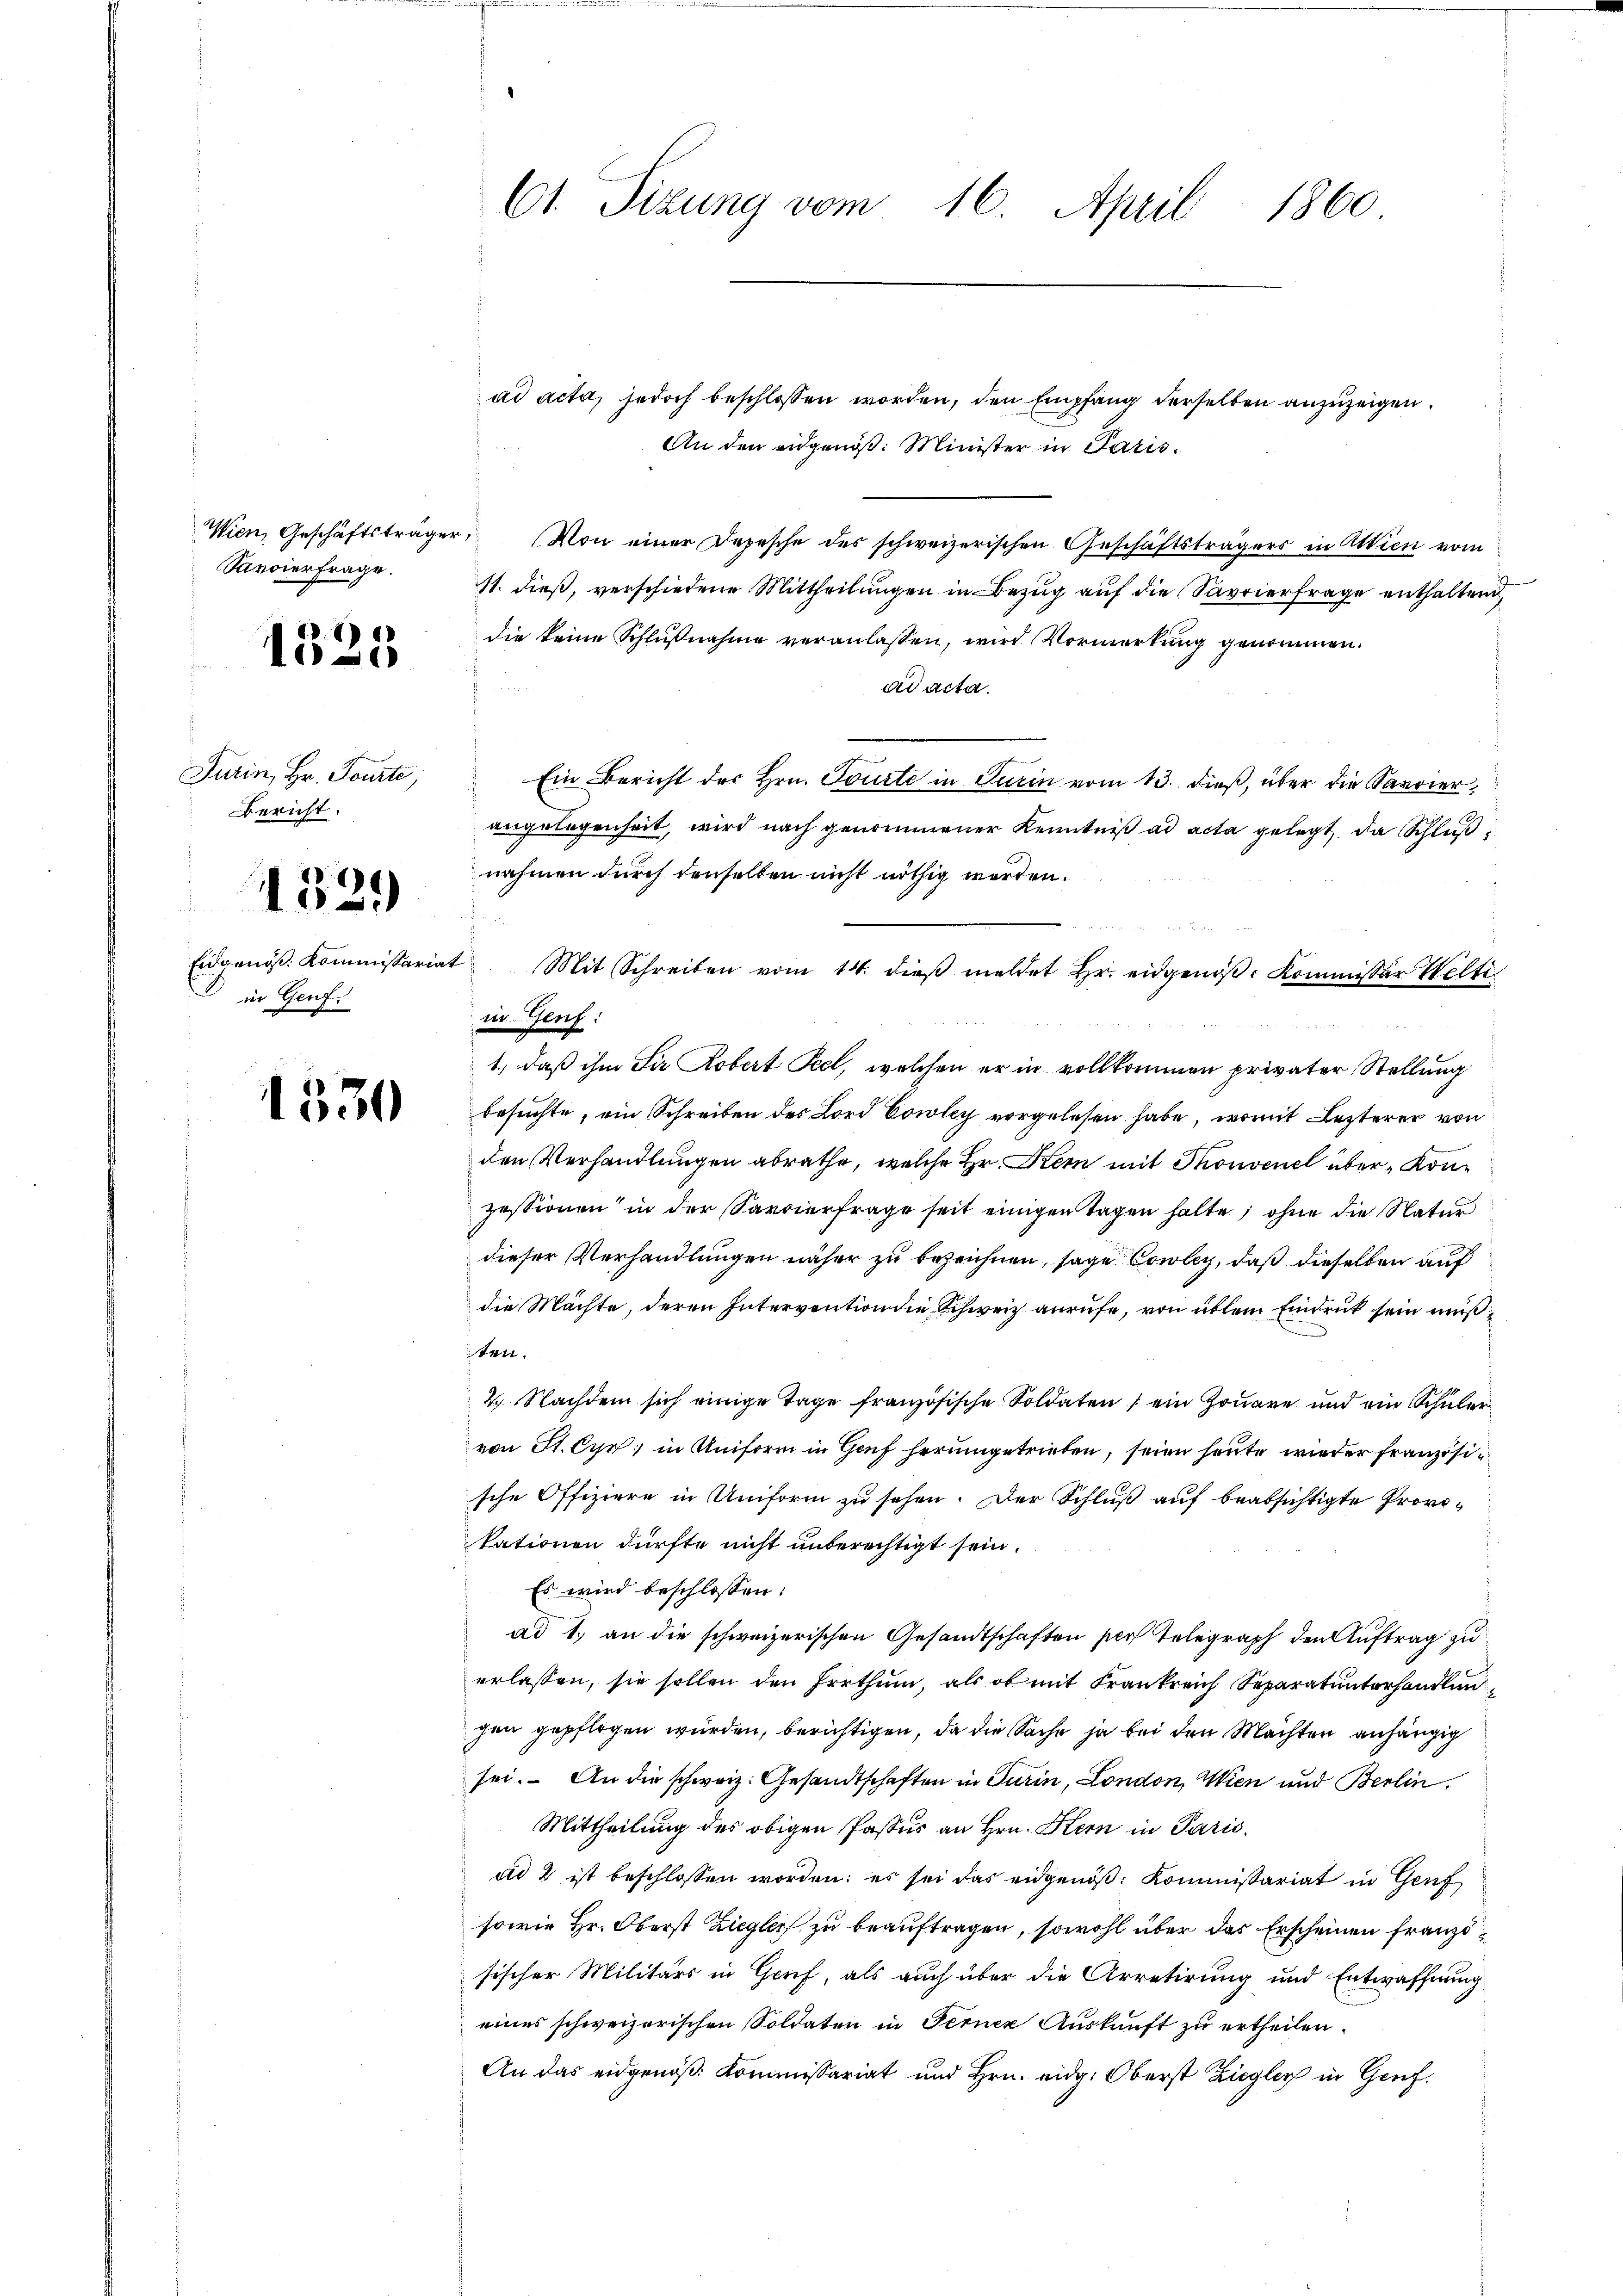
Savoierfrage.

1

.1
1

Turin, Hr. Pourti,
bericht.

1329

in Genf.

1530

ad acta, jedoch beschlossen worden, den Empfang derselben anzuzeigen.
An den eidgenöß: Minister in Paris.
Wien, Geschäftsträger. (Von einer Depesche des schweizerischen Geschäftsträgers in Attien vom
11. dieß, verschiedene Mittheilungen in Bezug auf die Savrierfrage enthaltend
die keine Schlußnahme veranlassen, wird Vormerkung genommen.
ad acta.
Ein Bericht des Hrn. Tourte in Turin vom 13. dieß, über die Savoierangelegenheit, wird nach genommener Kenntniß ad acta gelegt, da Schluß
nahmen durch denselben nicht nöthig werden.
2
Eidgenös. Kommissariat Mit Schreiben vom 14. dieβ meldet Hr. eidgenöβ- Kommissor Welti
in Genf:
1., daß ihm die Robert Teel, welchen er in vollkommen privater Stellung
besuchte, ein Schreiben des Lord Cowley vorgelesen habe, womit Lezterer von
den Verhandlungen abrathe, welche Hr. Kern mit Thonvenel über Konzessionen in der Sarrierfrage seit einigen Tagen halte, ohne die Natur
dieser Verhandlungen näher zu bezeichnen, sage Cowley, daß dieselben auf
die Mächte, deren Intervention die Schweiz anrufe, von üblem Eindruck sein mußten.
2. Nachdem sich einige Tage französische Soldaten ein Gouare und ein Schüler
von St. Cyp; in Uniform in Genf herumgetrieben, seien heute wieder französische Offiziere in Uniform zu sehen. Der Schluß auf beabsichtigte Provi-
tationen dürfte nicht unberechtigt sein.
Es wird beschlossen:
ad 1., an die schweizerischen Gesandtschaften per Telegraph den Auftrag zu
erlassen, sie sollen den Irrthum, als ob mit Frankreich Separatunterhandlun
gen gepflogen würden, berichtigen, da die Sache ja bei den Machten anhängig
sei. An die schweiz. Gesandtschaften in Turin, London, Wien und Berlin
Mittheilung des obigen Paster an Hrn. Stern in Paris
ad 2 ist beschlossen worden; es sei das eidgenöß: Kommissariat in Genf
sowie Hr. Oberst Ziegler zu beauftragen, sowohl über das Erscheinen franzisischer Militärs in Gruf, als auch über die Arretirung und Entwaffnung
eines schweizerischen Soldaten in Ferner Auskunft zu ertheilen.
An das eidgenöß: Kommissariat und Hrn. eidg. Oberst Ziegler in Genf.

61. Sizung vom 16. April 1860